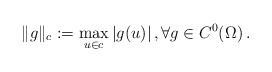
LaTeX: \begin{align*}\|g\|_{c} := \max_{u \in c} |g(u)| \,, \forall g \in C^0(\Omega)\,. \end{align*}